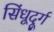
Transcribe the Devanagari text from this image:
सिंधूदूर्ग